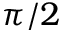
\pi / 2